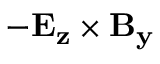
- \bf E _ { z } \times \bf B _ { y }